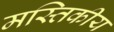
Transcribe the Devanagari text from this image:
मस्तिकीय